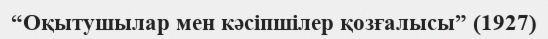
“Оқытушылар мен кәсіпшілер қозғалысы” (1927)